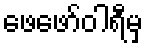
ဖေဖော်ဝါရီမှ